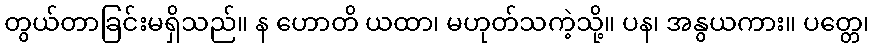
တွယ်တာခြင်းမရှိသည်။ န ဟောတိ ယထာ၊ မဟုတ်သကဲ့သို့။ ပန၊ အနွယကား။ ပတ္တေ၊